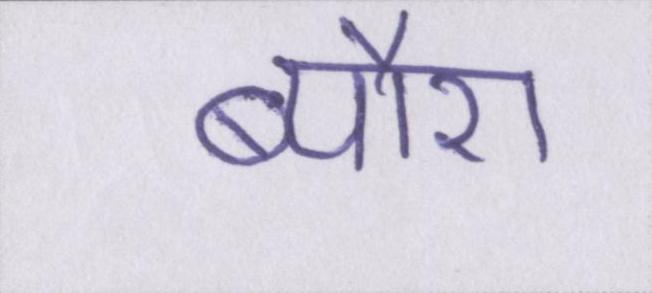
ब्यौरा